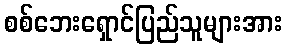
စစ်ဘေးရှောင်ပြည်သူများအား